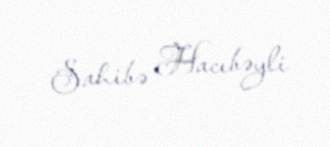
Sahibə Hacıbəyli